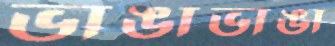
ভাঙাভাঙা